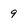
Character: 9